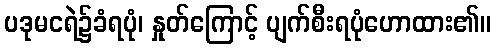
ပဒုမငရဲ၌ခံရပုံ၊ နှုတ်ကြောင့် ပျက်စီးရပုံဟောထား၏။